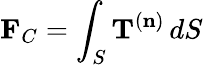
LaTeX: \mathbf{F}_{C}=\int_{S}\mathbf{T}^{(\mathbf{n})}\, dS